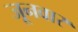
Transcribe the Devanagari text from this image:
जूनवार